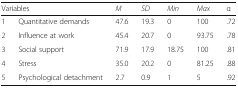
| <COLSPAN=2> Variables | M | SD | Min | Max | α |
 | --- | --- | --- | --- | --- | --- | --- |
 | 1 | Quantitative demands | 47.6 | 19.3 | 0 | 100 | .72 |
 | 2 | Influence at work | 45.4 | 20.7 | 0 | 93.75 | .78 |
 | 3 | Social support | 71.9 | 17.9 | 18.75 | 100 | .81 |
 | 4 | Stress | 35.0 | 20.2 | 0 | 81.25 | .88 |
 | 5 | Psychological detachment | 2.7 | 0.9 | 1 | 5 | .92 |